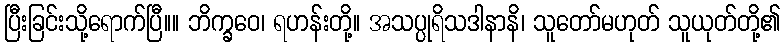
ပြီးခြင်းသို့ရောက်ပြီ။။ ဘိက္ခဝေ၊ ရဟန်းတို့။ အသပ္ပုရိသဒါနာနိ၊ သူတော်မဟုတ် သူယုတ်တို့၏